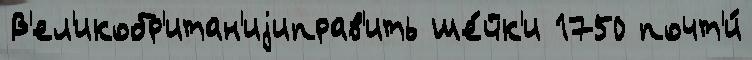
В'ел'икобр'итан'иjиправ'ить ше́йк'и 1750 почт'и́